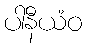
ပါနီယံဝ